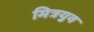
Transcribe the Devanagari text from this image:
मित्रयुव